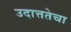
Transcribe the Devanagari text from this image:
उदात्ततेचा